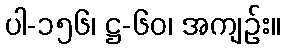
ပါ-၁၅၆၊ ဋ္ဌ-၆၀၊ အကျဉ်း။